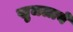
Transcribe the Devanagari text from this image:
खुजलाये